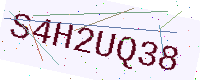
Text: S4H2UQ38